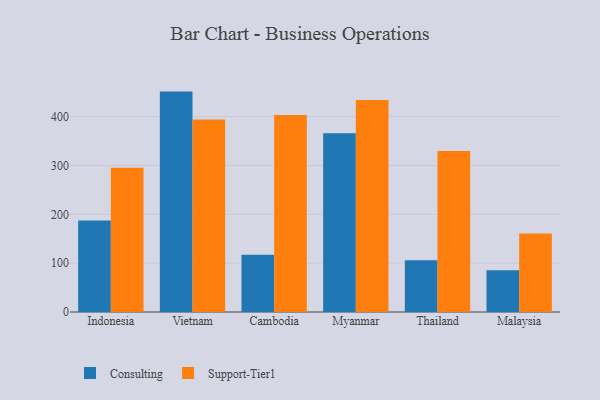
{"axis": {"x": "Country", "y": "Energy Usage (MWh)"}, "legend": ["Consulting", "Support-Tier1"], "data": [{"x": "Indonesia", "y": 187.4, "type": "Consulting"}, {"x": "Indonesia", "y": 295.3, "type": "Support-Tier1"}, {"x": "Vietnam", "y": 451.4, "type": "Consulting"}, {"x": "Vietnam", "y": 394.2, "type": "Support-Tier1"}, {"x": "Cambodia", "y": 117.4, "type": "Consulting"}, {"x": "Cambodia", "y": 403.6, "type": "Support-Tier1"}, {"x": "Myanmar", "y": 366.3, "type": "Consulting"}, {"x": "Myanmar", "y": 434.0, "type": "Support-Tier1"}, {"x": "Thailand", "y": 105.8, "type": "Consulting"}, {"x": "Thailand", "y": 329.5, "type": "Support-Tier1"}, {"x": "Malaysia", "y": 85.6, "type": "Consulting"}, {"x": "Malaysia", "y": 160.8, "type": "Support-Tier1"}]}